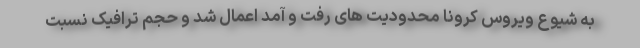
به شیوع ویروس کرونا محدودیت های رفت و آمد اعمال شد و حجم ترافیک نسبت